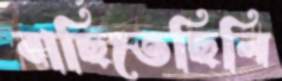
বাছিতেছিলি